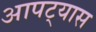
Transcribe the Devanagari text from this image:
आपट्यास